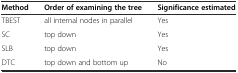
<table><thead><tr><td><b>Method</b></td><td><b>Order of examining the tree</b></td><td><b>Significance estimated</b></td></tr></thead><tbody><tr><td>TBEST</td><td>all internal nodes in parallel</td><td>Yes</td></tr><tr><td>SC</td><td>top down</td><td>Yes</td></tr><tr><td>SLB</td><td>top down</td><td>Yes</td></tr><tr><td>DTC</td><td>top down and bottom up</td><td>No</td></tr></tbody></table>